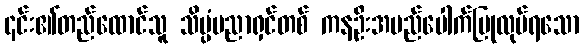
၎င်း၏တည်ထောင်သူ သိပ္ပံပညာရှင်တစ် ကနဦးအမည်ပေါက်ပြုလုပ်ရသော